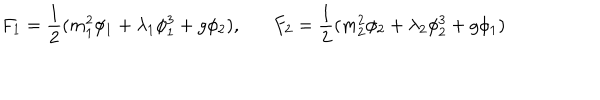
F _ { 1 } = \frac { 1 } { 2 } ( m _ { 1 } ^ { 2 } \phi _ { 1 } + \lambda _ { 1 } \phi _ { 1 } ^ { 3 } + g \phi _ { 2 } ) , F _ { 2 } = \frac { 1 } { 2 } ( m _ { 2 } ^ { 2 } \phi _ { 2 } + \lambda _ { 2 } \phi _ { 2 } ^ { 3 } + g \phi _ { 1 } )